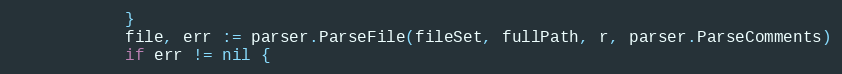
Language: Go
			}
			file, err := parser.ParseFile(fileSet, fullPath, r, parser.ParseComments)
			if err != nil {